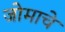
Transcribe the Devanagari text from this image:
जोमाचे